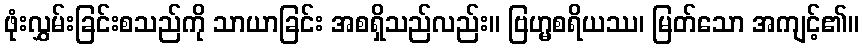
ဖုံးလွှမ်းခြင်းစသည်ကို သာယာခြင်း အစရှိသည်လည်း။ ဗြဟ္မစရိယဿ၊ မြတ်သော အကျင့်၏။